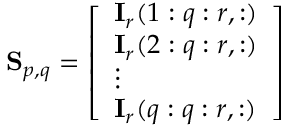
\mathbf { S } _ { p , q } = { \left[ \begin{array} { l } { \mathbf { I } _ { r } ( 1 : q : r , : ) } \\ { \mathbf { I } _ { r } ( 2 : q : r , : ) } \\ { \vdots } \\ { \mathbf { I } _ { r } ( q : q : r , : ) } \end{array} \right] }